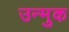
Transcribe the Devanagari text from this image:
उन्मुक